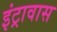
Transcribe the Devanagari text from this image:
इंट्रावास